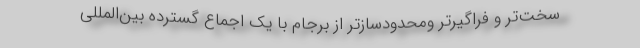
سخت‌تر و فراگیرتر ومحدودسازتر از برجام با یک اجماع گسترده بین‌المللی